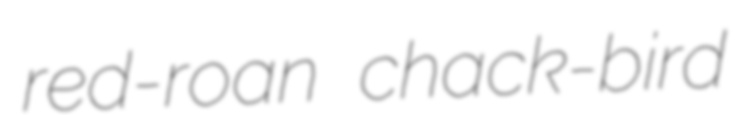
red-roan chack-bird